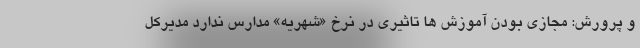
و پرورش: مجازی بودن آموزش ها تاثیری در نرخ «شهریه» مدارس ندارد مدیرکل